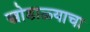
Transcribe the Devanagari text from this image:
खोडाळ्याचा